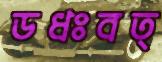
ডধঃবত্